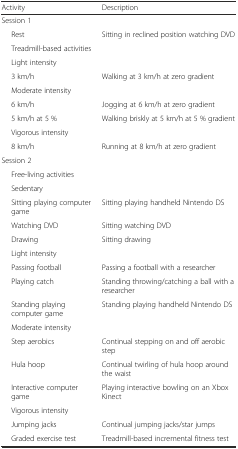
| Activity | Description |
 | --- | --- |
 | Session 1 |  |
 | Rest | Sitting in reclined position watching DVD |
 | Treadmill-based activities |  |
 | Light intensity |  |
 | 3 km/h | Walking at 3 km/h at zero gradient |
 | Moderate intensity |  |
 | 6 km/h | Jogging at 6 km/h at zero gradient |
 | 5 km/h at 5 % | Walking briskly at 5 km/h at 5 % gradient |
 | Vigorous intensity |  |
 | 8 km/h | Running at 8 km/h at zero gradient |
 | Session 2 |  |
 | Free-living activities |  |
 | Sedentary |  |
 | Sitting playing computer game | Sitting playing handheld Nintendo DS |
 | Watching DVD | Sitting watching DVD |
 | Drawing | Sitting drawing |
 | Light intensity |  |
 | Passing football | Passing a football with a researcher |
 | Playing catch | Standing throwing/catching a ball with a researcher |
 | Standing playing computer game | Standing playing handheld Nintendo DS |
 | Moderate intensity |  |
 | Step aerobics | Continual stepping on and off aerobic step |
 | Hula hoop | Continual twirling of hula hoop around the waist |
 | Interactive computer game | Playing interactive bowling on an Xbox Kinect |
 | Vigorous intensity |  |
 | Jumping jacks | Continual jumping jacks/star jumps |
 | Graded exercise test | Treadmill-based incremental fitness test |